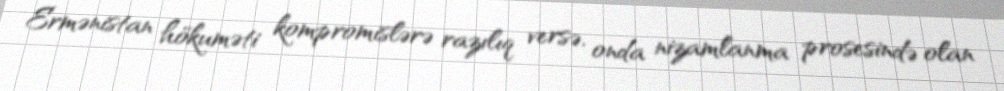
Ermənistan hökuməti kompromislərə razılıq versə, onda nizamlanma prosesində olan